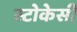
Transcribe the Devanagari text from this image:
स्टोकेसी